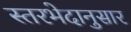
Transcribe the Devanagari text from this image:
स्तरभेदानुसार